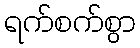
ရက်စက်စွာ